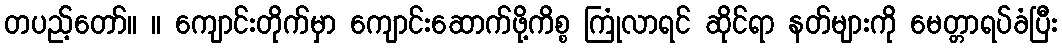
တပည့်တော်။ ။ ကျောင်းတိုက်မှာ ကျောင်းဆောက်ဖို့ကိစ္စ ကြုံလာရင် ဆိုင်ရာ နတ်များကို မေတ္တာရပ်ခံပြီး